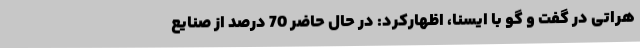
هراتی در گفت و گو با ایسنا، اظهارکرد: در حال حاضر 70 درصد از صنایع